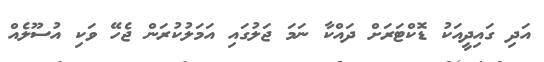
އަދި ގައިދީއަކު ޑޮކްޓަރަށް ދައްކާ ނަމަ ޖަލުގައި އަމަލުކުރަން ޖެހޭ ވަކި އުސޫލެއް